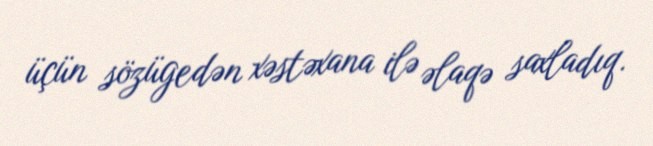
üçün sözügedən xəstəxana ilə əlaqə saxladıq.